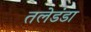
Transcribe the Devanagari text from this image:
तलेडंडा